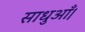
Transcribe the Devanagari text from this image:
साधुआँ।